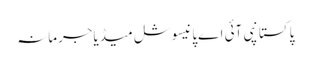
پاکستانپی آئی اےپانیسوشل میڈیاجرمانہ